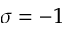
\sigma = - 1